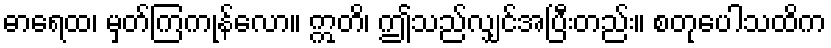
ဓာရေထ၊ မှတ်ကြကုန်လော။ ဣတိ၊ ဤသည်လျှင်အပြီးတည်း။ စတုပေါသထိက